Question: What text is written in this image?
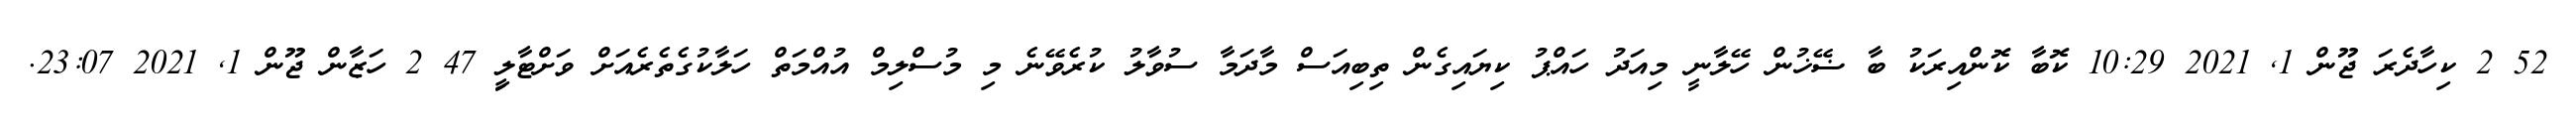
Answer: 52 2 ކިހާދެރަ ޖޫން 1, 2021 10:29 ކޮބާ ކޮންއިރަކު ބާ ޟޭޚުން ހޭލާނީ މިއަދު ހައްޕު ކިޔައިގެން ތިބިއަސް މާދަމާ ސުވާލު ކުރެވޭނެ މި މުސްލިމް އުއްމަތް ހަލާކުގެތެރެއަށް ވަށްޓާލިީ 47 2 ހަޒާން ޖޫން 1, 2021 23:07.